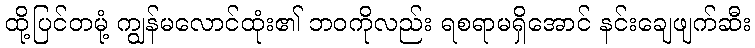
ထို့ပြင်တမုံ့ ကျွန်မလောင်ထုံး၏ ဘဝကိုလည်း ရစရာမရှိအောင် နင်းချေဖျက်ဆီး